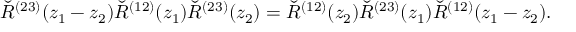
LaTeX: \check { R } ^ { ( 2 3 ) } ( z _ { 1 } - z _ { 2 } ) \check { R } ^ { ( 1 2 ) } ( z _ { 1 } ) \check { R } ^ { ( 2 3 ) } ( z _ { 2 } ) = \check { R } ^ { ( 1 2 ) } ( z _ { 2 } ) \check { R } ^ { ( 2 3 ) } ( z _ { 1 } ) \check { R } ^ { ( 1 2 ) } ( z _ { 1 } - z _ { 2 } ) .